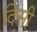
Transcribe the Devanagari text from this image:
दिसी